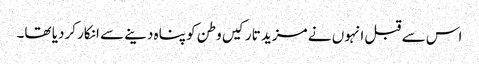
اس سے قبل انہوں نے مزید تارکیں وطن کو پناہ دینے سے انکار کردیا تھا۔